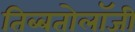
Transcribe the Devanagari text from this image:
तिब्‍बतोलॉजी